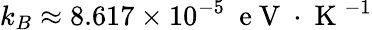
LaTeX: k_{B}\approx 8.617\times 10^{-5}~\mathrm{~e~V~}\cdot\mathrm{~K~}^{-1}